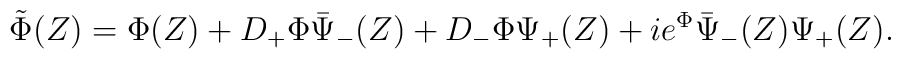
\tilde\Phi(Z)=\Phi(Z)+D_+\Phi\bar\Psi_-(Z)+D_- \Phi\Psi_+(Z)+ie^{\Phi}\bar\Psi_-(Z)\Psi_+(Z).